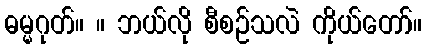
ဓမ္မဂုတ်။ ။ ဘယ်လို စီစဉ်သလဲ ကိုယ်တော်။